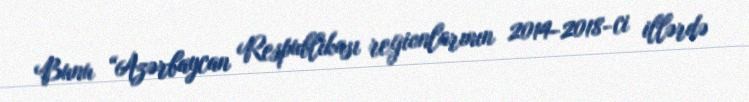
Bunu “Azərbaycan Respublikası regionlarının 2014-2018-ci illərdə